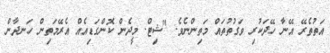
އަތުތެރޭ އޭނާ ހޭދަކުރި ވަގުތުތައް މަތިންނެވެ. "ޝިޓް. މީދެން ކޮންގަޑިއެއް އެރޭމަތިން ހަނދާން